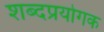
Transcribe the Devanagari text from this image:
शब्दप्रयोगक